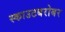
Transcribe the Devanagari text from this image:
स्काउटबरोबर